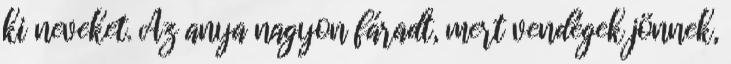
ki neveket. Az anya nagyon fáradt, mert vendégek jönnek,